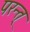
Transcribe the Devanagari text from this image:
परन्त्